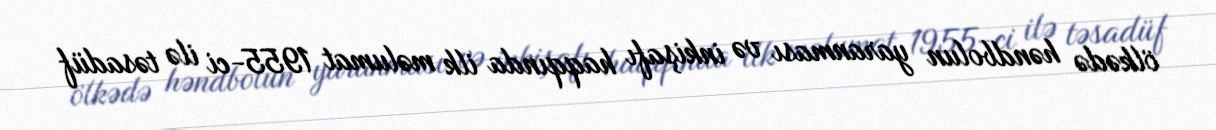
ölkədə həndbolun yaranması və inkişafı haqqında ilk məlumat 1955-ci ilə təsadüf